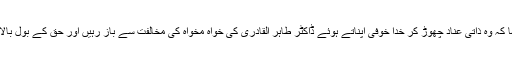
انہوں نے نام نہاد علماء سے کہا کہ وہ ذاتی عناد چھوڑ کر خدا خوفی اپناتے ہوئے ڈاکٹر طاہر القادری کی خواہ مخواہ کی مخالفت سے باز رہیں اور حق کے بول بالا کیلئے اپنی توانیاں خرچ کریں۔